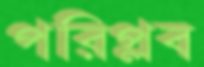
পরিপ্লব